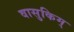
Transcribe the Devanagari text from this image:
वासुकिम्